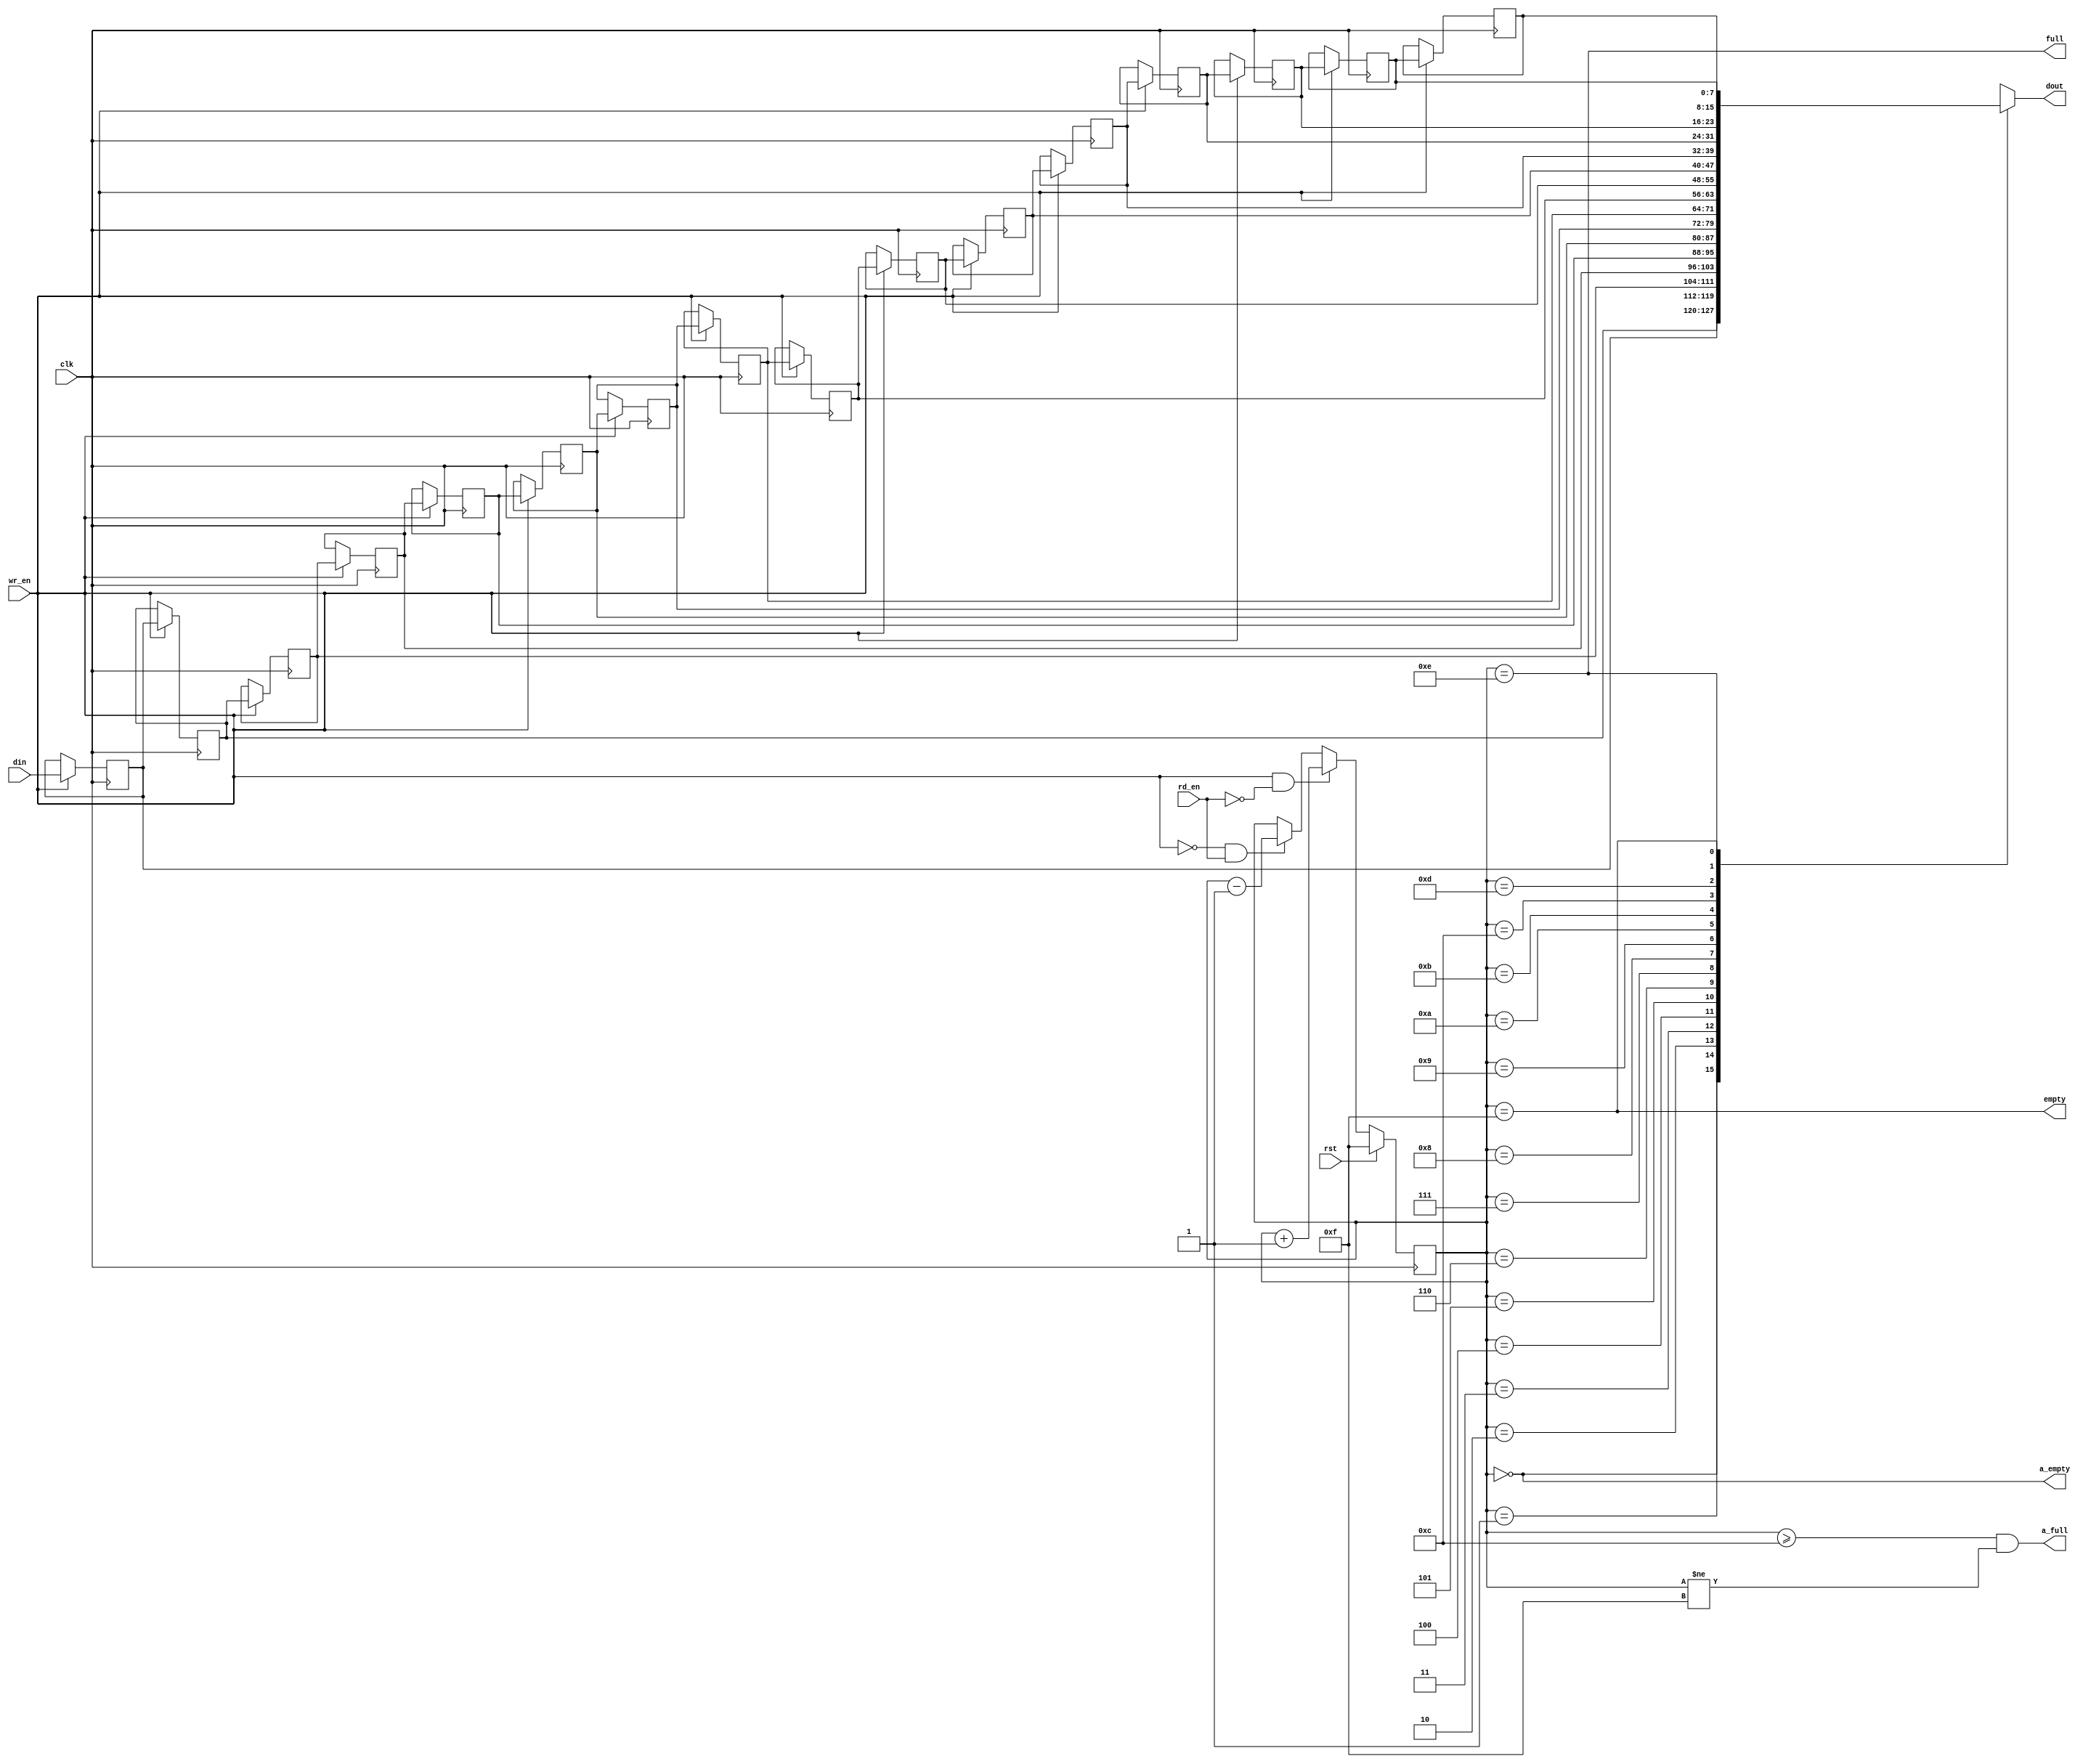
//-----------------------------------------------------------------------------
//-- (c) Copyright 2013 Xilinx, Inc. All rights reserved.
//--
//-- This file contains confidential and proprietary information
//-- of Xilinx, Inc. and is protected under U.S. and
//-- international copyright and other intellectual property
//-- laws.
//--
//-- DISCLAIMER
//-- This disclaimer is not a license and does not grant any
//-- rights to the materials distributed herewith. Except as
//-- otherwise provided in a valid license issued to you by
//-- Xilinx, and to the maximum extent permitted by applicable
//-- law: (1) THESE MATERIALS ARE MADE AVAILABLE "AS IS" AND
//-- WITH ALL FAULTS, AND XILINX HEREBY DISCLAIMS ALL WARRANTIES
//-- AND CONDITIONS, EXPRESS, IMPLIED, OR STATUTORY, INCLUDING
//-- BUT NOT LIMITED TO WARRANTIES OF MERCHANTABILITY, NON-
//-- INFRINGEMENT, OR FITNESS FOR ANY PARTICULAR PURPOSE; and
//-- (2) Xilinx shall not be liable (whether in contract or tort,
//-- including negligence, or under any other theory of
//-- liability) for any loss or damage of any kind or nature
//-- related to, arising under or in connection with these
//-- materials, including for any direct, or any indirect,
//-- special, incidental, or consequential loss or damage
//-- (including loss of data, profits, goodwill, or any type of
//-- loss or damage suffered as a result of any action brought
//-- by a third party) even if such damage or loss was
//-- reasonably foreseeable or Xilinx had been advised of the
//-- possibility of the same.
//--
//-- CRITICAL APPLICATIONS
//-- Xilinx products are not designed or intended to be fail-
//-- safe, or for use in any application requiring fail-safe
//-- performance, such as life-support or safety devices or
//-- systems, Class III medical devices, nuclear facilities,
//-- applications related to the deployment of airbags, or any
//-- other applications that could lead to death, personal
//-- injury, or severe property or environmental damage
//-- (individually and collectively, "Critical
//-- Applications"). Customer assumes the sole risk and
//-- liability of any use of Xilinx products in Critical
//-- Applications, subject only to applicable laws and
//-- regulations governing limitations on product liability.
//--
//-- THIS COPYRIGHT NOTICE AND DISCLAIMER MUST BE RETAINED AS
//-- PART OF THIS FILE AT ALL TIMES.
//-----------------------------------------------------------------------------
//Purpose:
//    Synchronous, shallow FIFO that uses simple as a DP Memory.
//    This requires about 1/2 the resources as a Distributed RAM DPRAM 
//    implementation.
//
//    This FIFO will have the current data on the output when data is contained
//    in the FIFO.  When the FIFO is empty, the output data is invalid.
//
//Reference:
//Revision History:
//
//-----------------------------------------------
//
// MODULE:  axi_mc_simple_fifo
//
// This is the simplest form of inferring the
// simple/SRL(16/32)CE in a Xilinx FPGA.
//
//-----------------------------------------------
`timescale 1ns / 100ps
`default_nettype none

module mig_7series_v4_0_axi_mc_simple_fifo #
(
  parameter C_WIDTH  = 8,
  parameter C_AWIDTH = 4,
  parameter C_DEPTH  = 16
)
(
  input  wire               clk,       // Main System Clock  (Sync FIFO)
  input  wire               rst,       // FIFO Counter Reset (Clk
  input  wire               wr_en,     // FIFO Write Enable  (Clk)
  input  wire               rd_en,     // FIFO Read Enable   (Clk)
  input  wire [C_WIDTH-1:0] din,       // FIFO Data Input    (Clk)
  output wire [C_WIDTH-1:0] dout,      // FIFO Data Output   (Clk)
  output wire               a_full,
  output wire               full,      // FIFO FULL Status   (Clk)
  output wire               a_empty,
  output wire               empty      // FIFO EMPTY Status  (Clk)
);

///////////////////////////////////////
// FIFO Local Parameters
///////////////////////////////////////
localparam [C_AWIDTH-1:0] C_EMPTY = ~(0);
localparam [C_AWIDTH-1:0] C_EMPTY_PRE =  (0);
localparam [C_AWIDTH-1:0] C_FULL  = C_EMPTY-1;
localparam [C_AWIDTH-1:0] C_FULL_PRE  = (C_DEPTH < 8) ? C_FULL-1 : C_FULL-(C_DEPTH/8);
 
///////////////////////////////////////
// FIFO Internal Signals
///////////////////////////////////////
reg [C_WIDTH-1:0]  memory [C_DEPTH-1:0];
reg [C_AWIDTH-1:0] cnt_read;


///////////////////////////////////////
// Main simple FIFO Array
///////////////////////////////////////
always @(posedge clk) begin : BLKSRL
integer i;
  if (wr_en) begin
    for (i = 0; i < C_DEPTH-1; i = i + 1) begin
      memory[i+1] <= memory[i];
    end
    memory[0] <= din;
  end
end

///////////////////////////////////////
// Read Index Counter
// Up/Down Counter
//  *** Notice that there is no ***
//  *** OVERRUN protection.     ***
///////////////////////////////////////
always @(posedge clk) begin
  if (rst) cnt_read <= C_EMPTY;
  else if ( wr_en & !rd_en) cnt_read <= cnt_read + 1'b1;
  else if (!wr_en &  rd_en) cnt_read <= cnt_read - 1'b1;
end

///////////////////////////////////////
// Status Flags / Outputs
// These could be registered, but would
// increase logic in order to pre-decode
// FULL/EMPTY status.
///////////////////////////////////////
assign full  = (cnt_read == C_FULL);
assign empty = (cnt_read == C_EMPTY);
assign a_full  = ((cnt_read >= C_FULL_PRE) && (cnt_read != C_EMPTY));
assign a_empty = (cnt_read == C_EMPTY_PRE);

assign dout  = (C_DEPTH == 1) ? memory[0] : memory[cnt_read];

endmodule // axi_mc_simple_fifo

`default_nettype wire